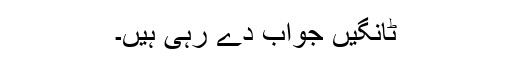
ٹانگیں جواب دے رہی ہیں۔